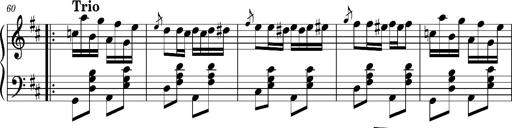
Title: Ungarischer Romanzero
Composer: Franz Liszt